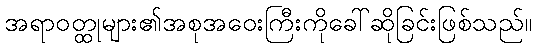
အရာဝတ္ထုများ၏အစုအဝေးကြီးကိုခေါ်ဆိုခြင်းဖြစ်သည်။